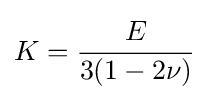
K={\cfrac {E}{3(1-2\nu )}}